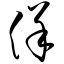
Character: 佯